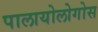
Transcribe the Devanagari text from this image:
पालायोलोगोस